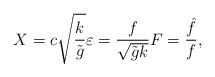
LaTeX: \begin{align*} X=c\sqrt{\frac{k}{\tilde{g}}} \varepsilon=\frac{f}{\sqrt{\tilde{g}k}} F=\frac{\hat{f}}{f}, \end{align*}